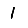
Digit: 1